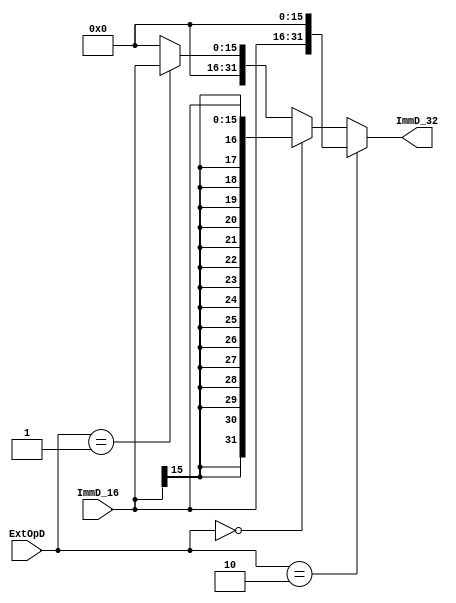
module Ext(
  input   [15:0]  ImmD_16,
  input   [1:0]   ExtOpD,
  output  [31:0]  ImmD_32
  );
  
  assign ImmD_32 = (ExtOpD == 2'b10) ? {ImmD_16, 16'b0} :               // lui
                   (ExtOpD == 2'b00) ? {{16{ImmD_16[15]}}, ImmD_16} :   // Sign Extend
                   (ExtOpD == 2'b01) ? {16'b0, ImmD_16} :               // Zero Extend
                                       32'b0;
  
endmodule